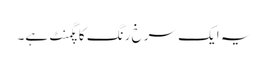
یہ ایک سرخ رنگ کا پگمنٹ ہے۔